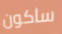
ساكون